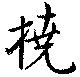
橈